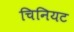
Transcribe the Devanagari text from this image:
चिनियट